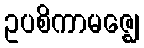
ဥပစိကာမဇ္ဈေ